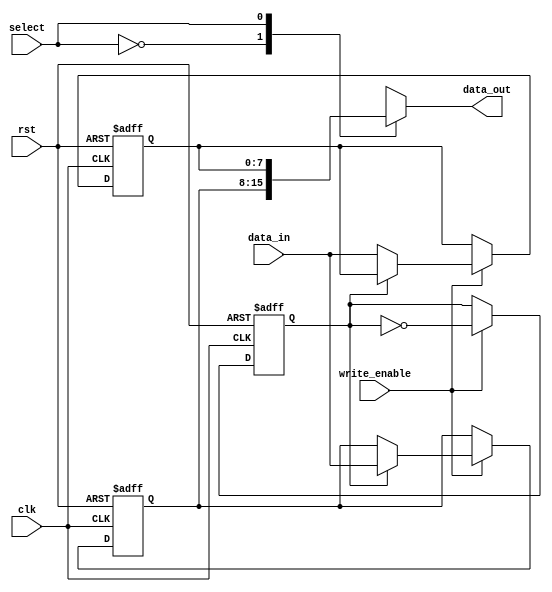
module double_buffer_register (
    input wire clk,
    input wire rst,
    input wire write_enable,
    input wire [7:0] data_in,  // Assuming 8-bit data width, adjust as necessary
    input wire select,
    output reg [7:0] data_out   // Assuming 8-bit data width, adjust as necessary
);

    // Buffer registers
    reg [7:0] buffer0;
    reg [7:0] buffer1;

    // Control signal to toggle between buffers
    reg current_buffer;

    // Asynchronous reset and data loading
    always @(posedge clk or posedge rst) begin
        if (rst) begin
            // Clear both buffers on reset
            buffer0 <= 8'b0;
            buffer1 <= 8'b0;
            current_buffer <= 1'b0; // Start with buffer0
        end else begin
            if (write_enable) begin
                // Write data to the inactive buffer
                if (current_buffer == 1'b0) begin
                    buffer1 <= data_in; // Write to buffer1 if current is buffer0
                end else begin
                    buffer0 <= data_in; // Write to buffer0 if current is buffer1
                end
                // Toggle the current buffer
                current_buffer <= ~current_buffer;
            end
        end
    end

    // Output data based on the selected buffer
    always @(*) begin
        case (select)
            1'b0: data_out = buffer0; // Output from buffer0
            1'b1: data_out = buffer1; // Output from buffer1
            default: data_out = 8'b0;  // Default case (should not occur)
        endcase
    end

endmodule